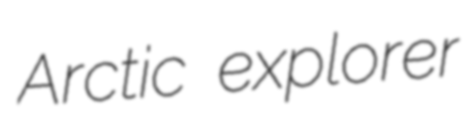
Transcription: Arctic explorer